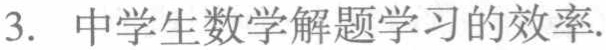
3. 中学生数学解题学习的效率.